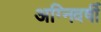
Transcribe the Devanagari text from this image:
अग्निवर्षी